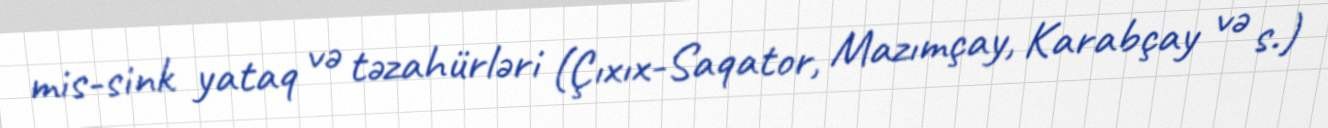
mis-sink yataq və təzahürləri (Çıxıx-Saqator, Mazımçay, Karabçay və s.)